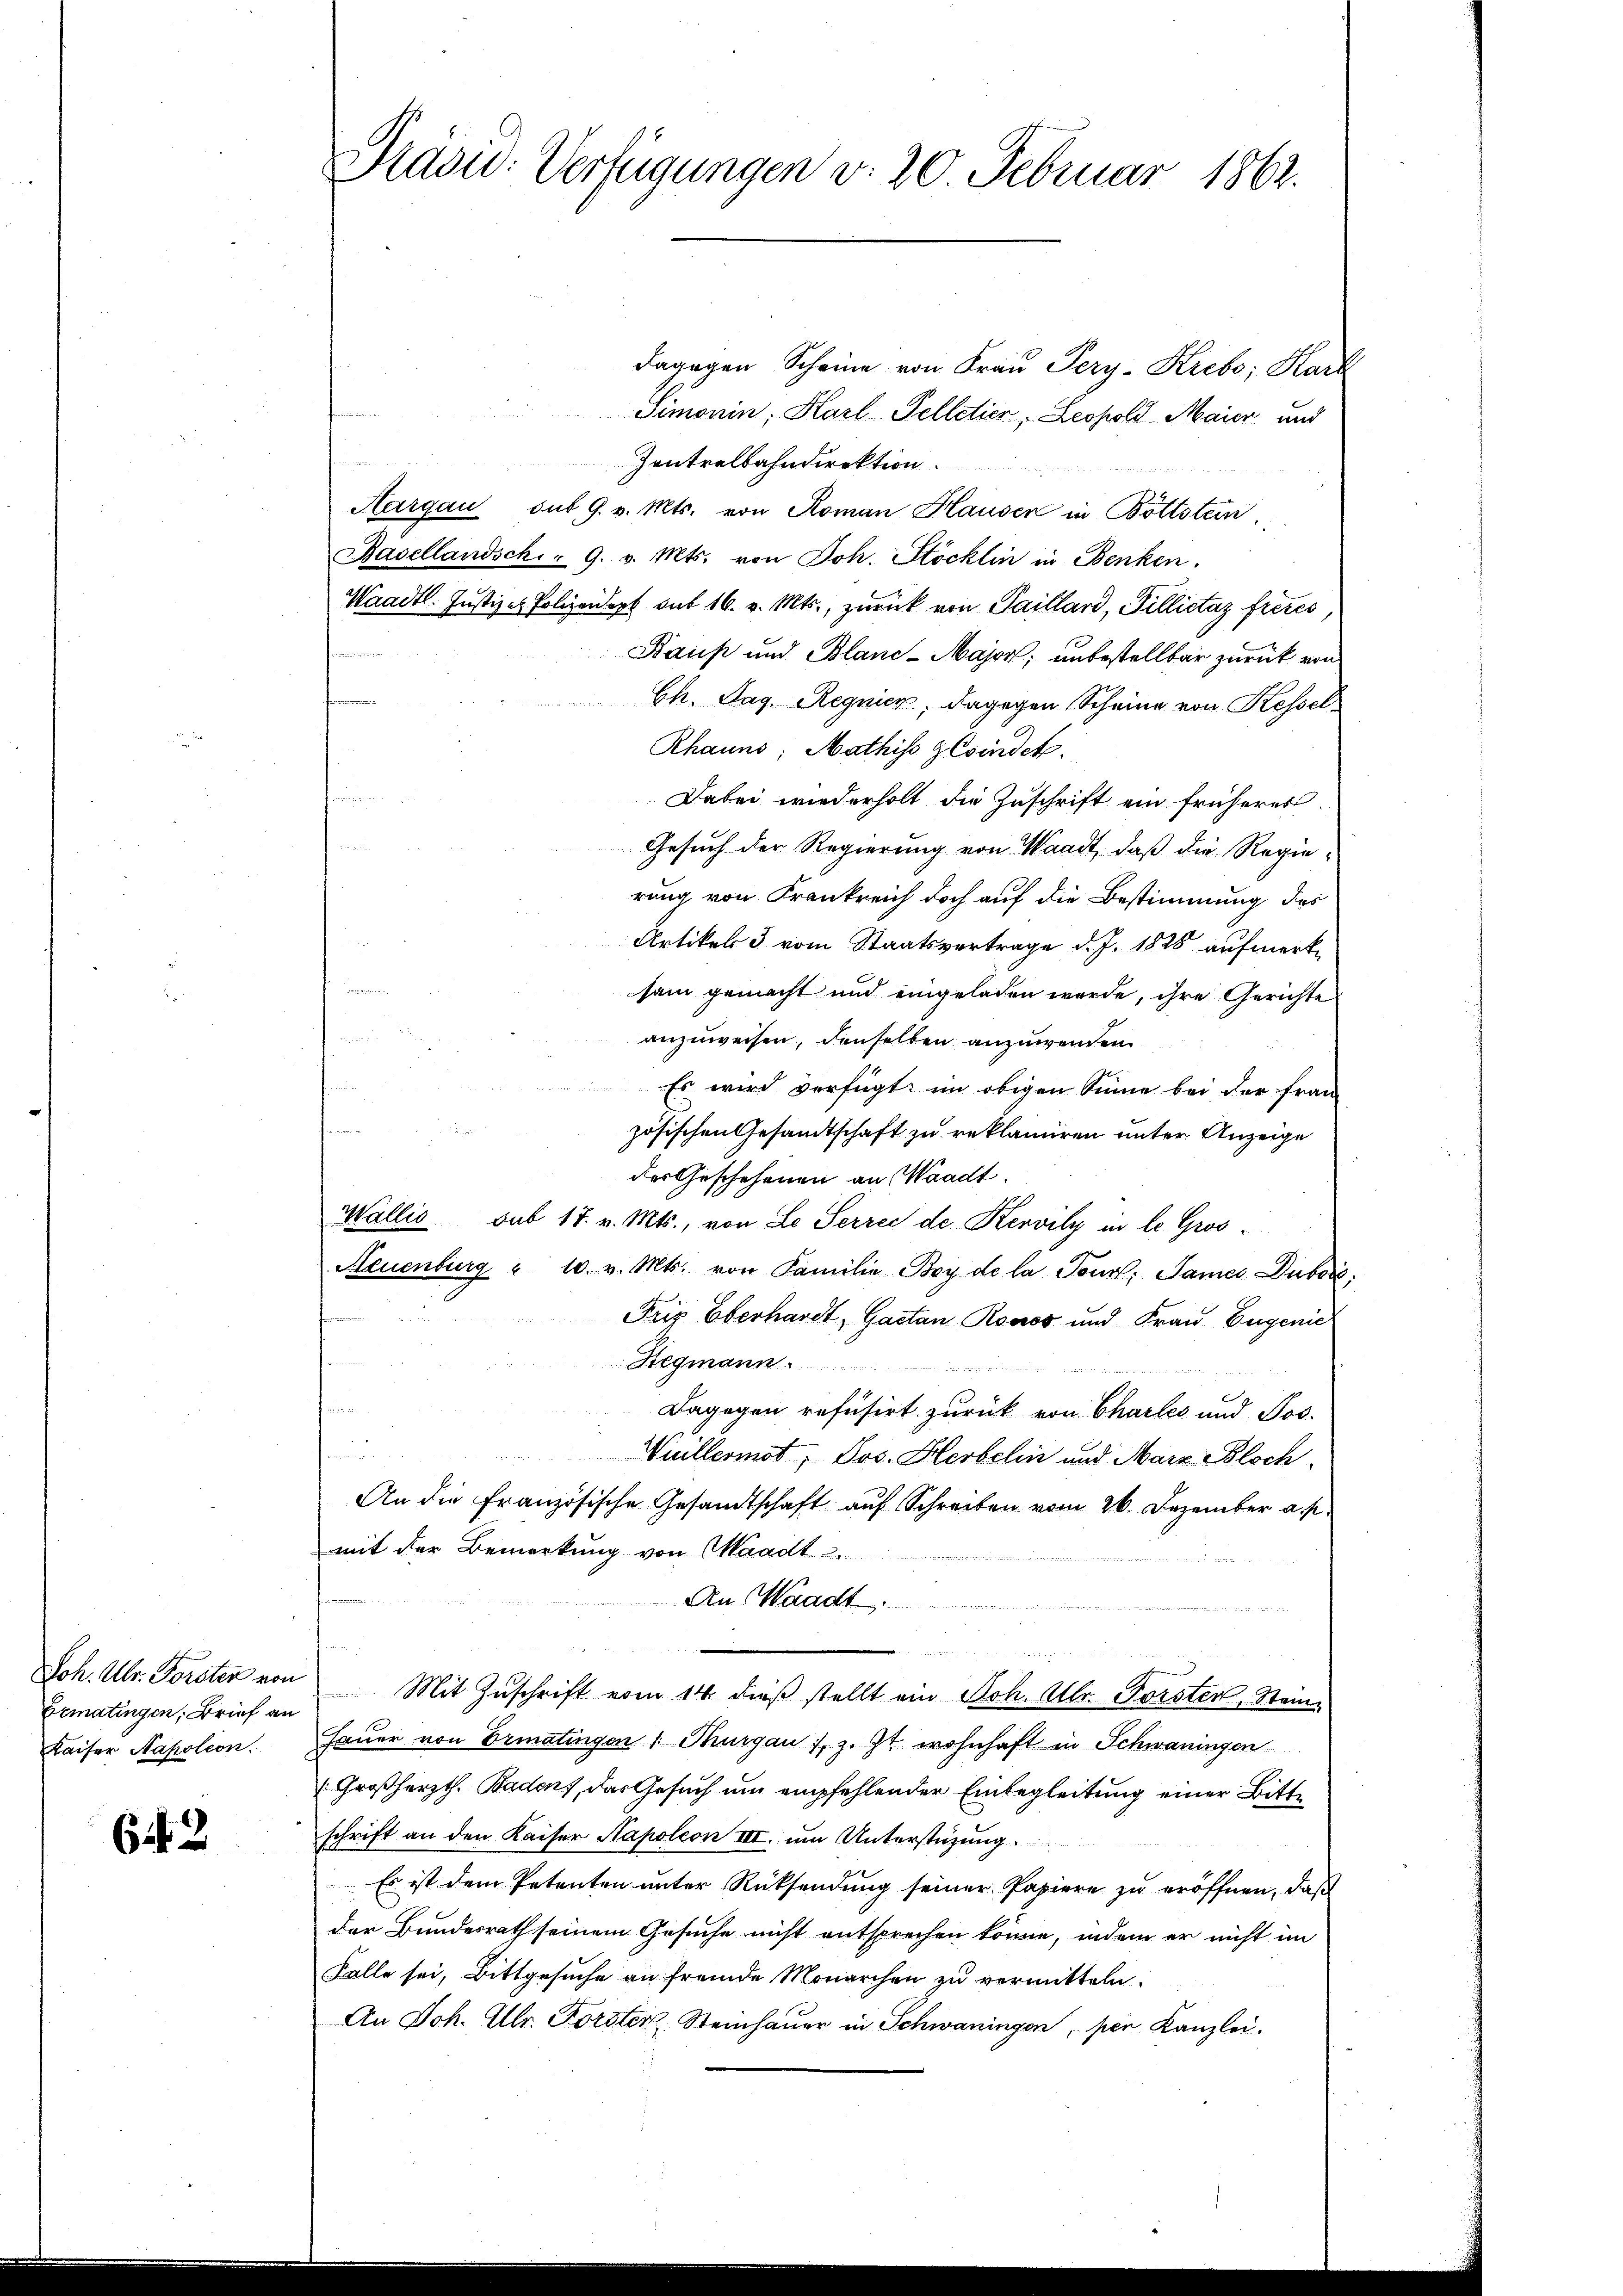
Joh. Ulr. Forster von
Bematingen, Brief an
Kaiser Napoleon

62. 2

dagegen Scheine von Frau Pery-Krebs, Karl
Simonin, Karl Felletier, Leopold Maier und
Zentralbahndirektion.
Aargau sub 9. v. Mts. von Roman Hausen in Bottstein
Basellandsch. - 9. v. Mts. von Joh. Stöcklin in Benken.
Waadt. Justiz & Polizeidert mit 16. v. Mts., zurück von Saillard, Pillictaz frères,
e
Baup und Blanc-Major, unbestellbar zurück von
Ch. Tag. Regnien, dagegen Scheine von Kessel
Rhauns; Mathiss z Cvindek
Dabei wiederholt die Zuschrift ein früheres
Gesuch der Regierung von Waadt, daß die Regierung von Frankreich doch auf die Bestimmung des
Artikel 3 vom Staatsvertrage d. J. 1828 aufmerksam gemacht und eingeladen werde, ihre Gerichte
anzuweisen, denselben anzuwenden
.
Es wird verfügt: im obigen Sinne bei der Fran

zösischen Gesandtschaft zu reklamiren unter Anzeige
der Geschehenen an Waadt.
Wallis sub 18. v. Mts., von Le Serrec de Kervily in le Gros¬
Neuenburg " 10. v. Mts. von Familie Bey de la Tour: James Dubois,
f
Friz Eberhardt, Gaetan Ronos und Frau Eugenie
Regmann.
Dagegen refusirt zurück von Chartes und Jos.
 sehr so
Wuillermot, Jos. Herbelin und Marz Bloch.
An die französische Gesandtschaft auf Schreiben vom 26. Dezember a. p.
mit der Bemerkung von Waadt u.
An Waadt.
n
Mit Zuschrift vom 14. dieß stellt ein Joh. Allr. Forsten, Stein-
Fauer von Ermatingen 1. Margau /, z. Zt. wohnhaft in Schwaningen
Großherzth. Baden, das Gesuch um empfehlender Einbegleitung einer Bitte
schrift an den Kaiser Napoleon III. im Unterstüzung.
Es ist dem Petenten ŭnter Rücksendŭng seiner Papiere zu eröffnen, daß
der Bundesrath seinem Gesuche nicht entsprechen könne, indem er nicht im
Falle sei, Bittgesuche an fremde Monarchen zu vermitteln.
An Joh. Ulr. Forster, Steinhauer in Schwaningen, per Kanzlei.

Präsid. Verfügungen v. 20 Februar 1862.